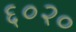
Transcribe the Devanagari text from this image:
६०२०